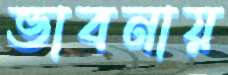
ভাবনায়